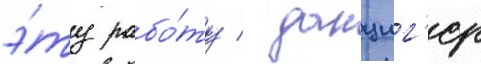
э́ту рабо́ту / данциг'ер